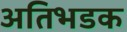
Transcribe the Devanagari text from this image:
अतिभडक